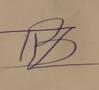
Signature authenticity: forged